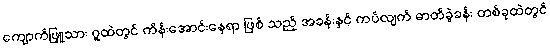
ကျောက်ဖြူသား ဂူထဲတွင် ကိန်းအောင်းနေရာ ဖြစ် သည့် အခန်းနှင့် ကပ်လျက် ဓာတ်ခွဲခန်း တစ်ခုထဲတွင်